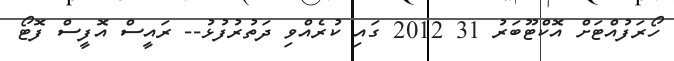
ހޯރަފުއްޓަށް އޮކްޓޫބަރު 31 2012 ގައި ކުރެއްވި ދަތުރުފުޅު-- ރައީސް އޮފީސް ފޮޓޯ